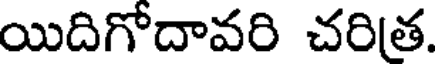
యిదిగోదావరి చరిత.